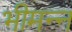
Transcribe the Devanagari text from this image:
भीमन्‍न